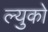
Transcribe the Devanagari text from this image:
ल्युको